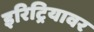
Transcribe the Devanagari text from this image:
इरिट्रियावर